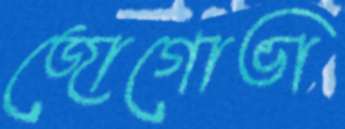
জোগোভা